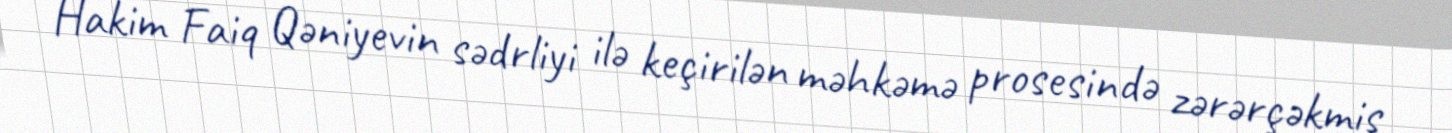
Hakim Faiq Qəniyevin sədrliyi ilə keçirilən məhkəmə prosesində zərərçəkmiş